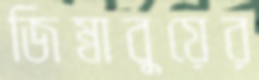
জিম্বাবুয়ের